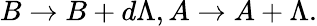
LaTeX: B\rightarrow B+d\Lambda,A\rightarrow A+\Lambda.